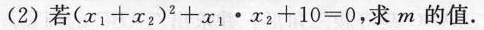
(2)若$$(x_{1}+x_{2})^{2}+x_{1}·x_{2}+10=0$$，求m的值.